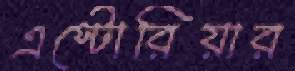
এস্টোরিয়ার